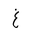
Letter: _gayn